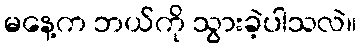
မနေ့က ဘယ်ကို သွားခဲ့ပါသလဲ။